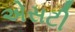
એસટી